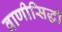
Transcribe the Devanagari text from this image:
वाणीसिद्धी